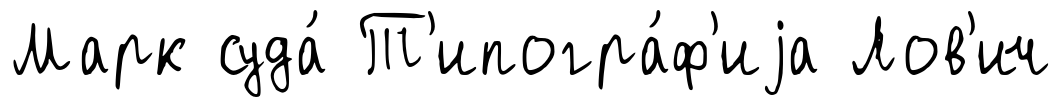
Марк суда́ Т'ипогра́ф'иjа Лов'ич